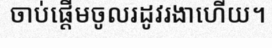
ចាប់ផ្តើមចូលរដូវរងាហើយ។